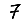
Digit: 7